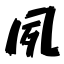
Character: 夙